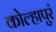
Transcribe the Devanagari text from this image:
कोल्हापुरं